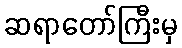
ဆရာတော်ကြီးမှ